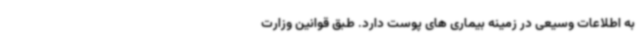
به اطلاعات وسیعی در زمینه بیماری های پوست دارد. طبق قوانین وزارت